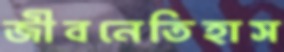
জীবনেতিহাস